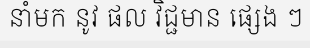
នាំមក នូវ ផល វិជ្ជមាន ផ្សេង ៗ